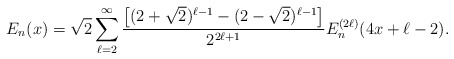
\begin{align*}E_{n}(x) = \sqrt{2} \sum_{\ell=2}^{\infty} \frac{ \left[ ( 2 + \sqrt{2})^{\ell -1} - (2 - \sqrt{2})^{\ell -1} \right]}{2^{2 \ell + 1}} E_{n}^{(2 \ell)} (4x + \ell - 2 ).\end{align*}